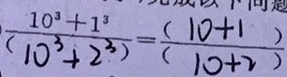
\frac { 1 0 ^ { 3 } + 1 ^ { 3 } } { ( 1 0 ^ { 3 } + 2 ^ { 3 } ) } = \frac { ( 1 0 + 1 ) } { ( 1 0 + 2 ) }